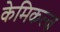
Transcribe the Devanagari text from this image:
केमिकल्ज़